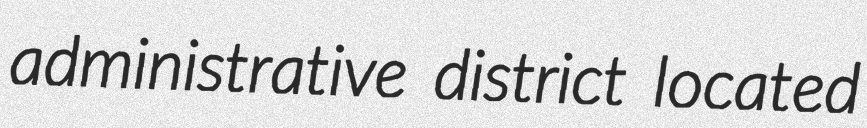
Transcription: administrative district located